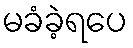
မခံခဲ့ရပေ